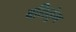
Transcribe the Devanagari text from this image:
बलितुंग